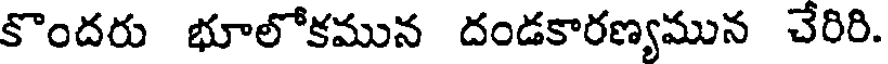
కొందరు భూలోకమున దండకారణ్యమున చేరిరి.